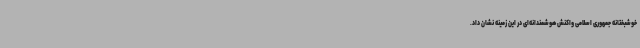
خوشبختانه جمهوری اسلامی واکنش هوشمندانه‌ای در این زمینه نشان داد.